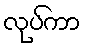
လုပ်ကာ